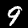
Digit: 9